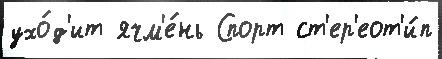
ухо́д'ит ячм'е́нь Спорт ст'ер'еот'и́п